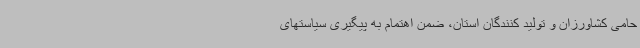
حامی کشاورزان و تولید کنندگان استان، ضمن اهتمام به پیگیری سیاستهای